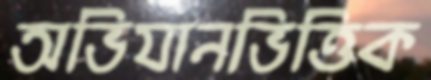
অভিযানভিত্তিক